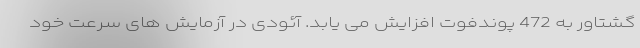
گشتاور به 472 پوندفوت افزایش می یابد. آئودی در آزمایش های سرعت خود